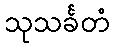
သုသင်္ခတံ